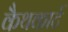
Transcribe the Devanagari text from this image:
कैथकार्ट